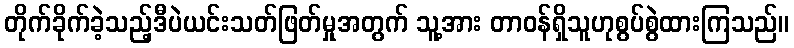
တိုက်ခိုက်ခဲ့သည့်ဒီပဲယင်းသတ်ဖြတ်မှုအတွက် သူ့အား တာဝန်ရှိသူဟုစွပ်စွဲထားကြသည်။